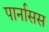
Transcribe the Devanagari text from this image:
पार्नासस